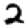
Digit: 2